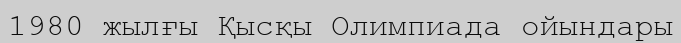
1980 жылғы Қысқы Олимпиада ойындары